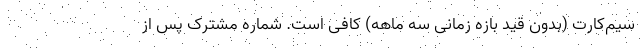
سیم‌کارت (بدون قید بازه زمانی سه ماهه) کافی است. شماره مشترک پس از